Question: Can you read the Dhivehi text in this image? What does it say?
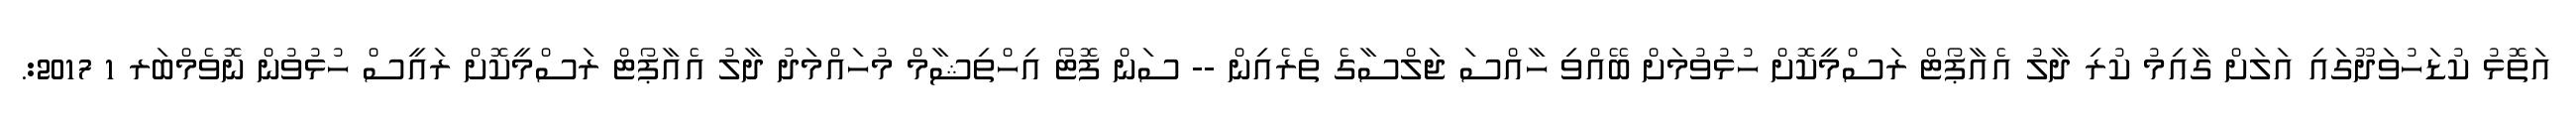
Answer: އަތޮޅު ކުޑަހުވަދޫގައި އަލަށް ގާއިމު ކުރި ދާލު އެއާޕޯޓް ރަސްމީކޮށް ހުޅުވުމަށް ބޭއްވި ހާއްސަ ޖަލްސާގެ ތެރެއިން -- ސަން ފޮޓޯ އިހްތިޝާމް މުހައްމަދު ދާލު އެއާޕޯޓް ރަސްމީކޮށް ރައީސް ހުޅުވުން ނޮވެމްބަރ 1 2017:.